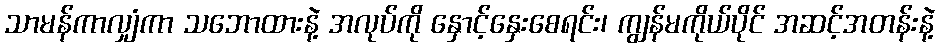
သာမန်ကာလျှံကာ သဘောထားနဲ့ အလုပ်ကို နှောင့်နှေးစေရင်း၊ ကျွန်မကိုယ်ပိုင် အဆင့်အတန်းနဲ့